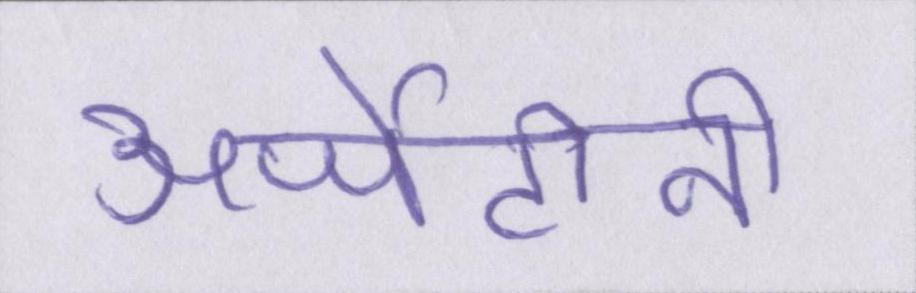
अर्जेंटीनी